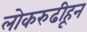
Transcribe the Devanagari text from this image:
लोकरुढीहून